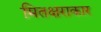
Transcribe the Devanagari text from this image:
मितक्षराकार